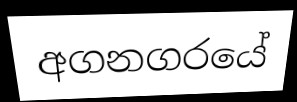
අගනගරයේ